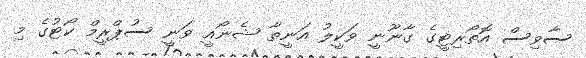
ސާވިސް އޮތޯރިޓީގެ ގާނޫނީ ވަކީލު އަނީތާ ޝެނޯއީ ވަނީ ސުޕްރީމް ކޯޓުގެ މި